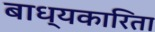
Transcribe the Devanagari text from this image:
बाध्यकारिता